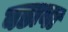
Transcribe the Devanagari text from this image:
बडावा